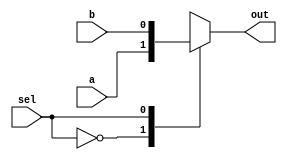
`timescale 1ns / 1ps
//////////////////////////////////////////////////////////////////////////////////
// Company: 
// Engineer: 
// 
// Design Name: 
// Module Name: mux
// Project Name: 
// Target Devices: 
// Tool Versions: 
// Description: 
// 
// Dependencies: 
// 
// Revision:
// Revision 0.01 - File Created
// Additional Comments:
// 
//////////////////////////////////////////////////////////////////////////////////


module mux(
    input a,
    input b,
    input sel,
    output reg out
    );
    
    
    always@(*) begin
       casez(sel)
        1'b0 : out = a;
        1'b1 : out = b;
       endcase 
     end
endmodule